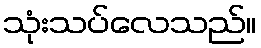
သုံးသပ်လေသည်။